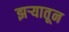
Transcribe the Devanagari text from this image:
झऱ्यातून